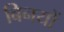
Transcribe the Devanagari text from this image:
बिनयों